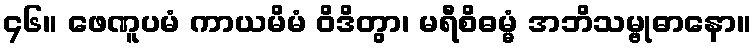
၄၆။ ဖေဏူပမံ ကာယမိမံ ဝိဒိတွာ၊ မရီစိဓမ္မံ အဘိသမ္ဗုဓာနော။